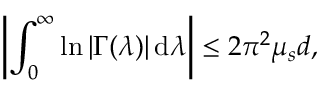
\left| \int _ { 0 } ^ { \infty } \ln { | \Gamma ( \lambda ) | } \, \mathrm { d } \lambda \right| \leq 2 \pi ^ { 2 } \mu _ { s } d ,